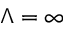
\Lambda = \infty